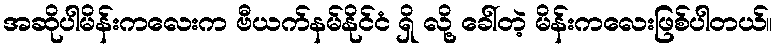
အဆိုပါမိန်းကလေးက ဗီယက်နမ်နိုင်ငံ ရှိ လို့ ခေါ်တဲ့ မိန်းကလေးဖြစ်ပါတယ်။